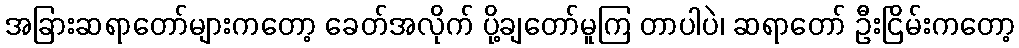
အခြားဆရာတော်များကတော့ ခေတ်အလိုက် ပို့ချတော်မူကြ တာပါပဲ၊ ဆရာတော် ဦးငြိမ်းကတော့